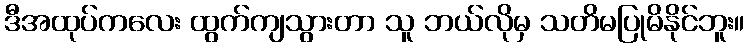
ဒီအထုပ်ကလေး ထွက်ကျသွားတာ သူ ဘယ်လိုမှ သတိမပြုမိနိုင်ဘူး။